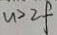
u > 2 f